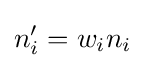
n_{i}'=w_{i}n_{i}